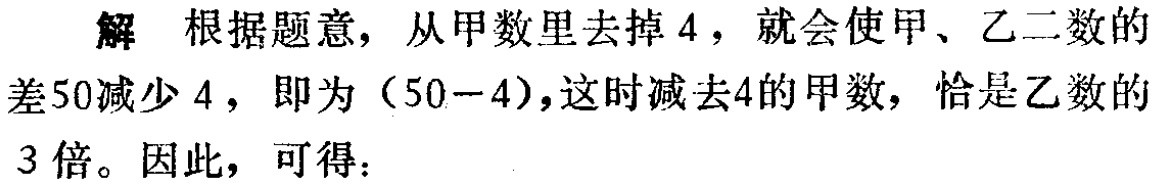
解 根据题意，从甲数里去掉 \(4\)，就会使甲、乙二数的差 \(50\)减少 \(4\)，即为 \((50 - 4)\)，这时减去 \(4\)的甲数，恰是乙数的 \(3\)倍。因此，可得：